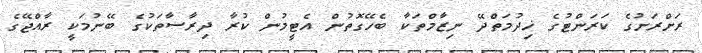
ރަށްރަށުގެ ކަރަންޓުގެ ޚިދުމަތްދޭ ނިޒާމްތަކާ ބެހޭގޮތުން އެޓީމުން ކުރާ ދިރާސާތަކުގެ ބޭނުމަކީ ރާއްޖޭގެ